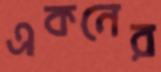
একনের